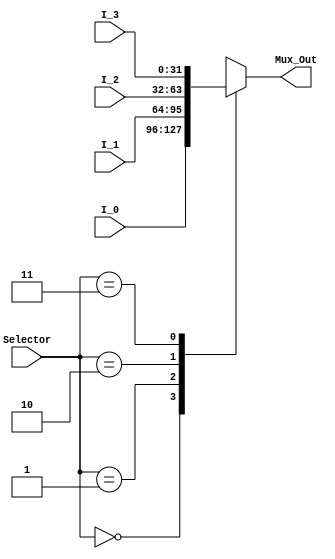
///////////////////////////////////////////////
//Company: ITESO
//Module Description: Multiplexor funtion 4 inputs, one output;parameterized;
///////////////////////////////////////////////
module Mux4x1 #(parameter DATA_WIDTH = 32)
(
	input			[1:0]					Selector,
	input			[DATA_WIDTH-1:0]	I_0,
	input			[DATA_WIDTH-1:0]	I_1,
	input			[DATA_WIDTH-1:0]	I_2,
	input			[DATA_WIDTH-1:0]	I_3,
	
	output reg 	[DATA_WIDTH-1:0]	Mux_Out
);

	always@(*) begin
		case (Selector)
			0	:	Mux_Out = I_0;
			1	:	Mux_Out = I_1;
			2	:	Mux_Out = I_2;
			3	:	Mux_Out = I_3;
		endcase	
	end	
endmodule